Paatsalu_vallavalitsus, lk 28
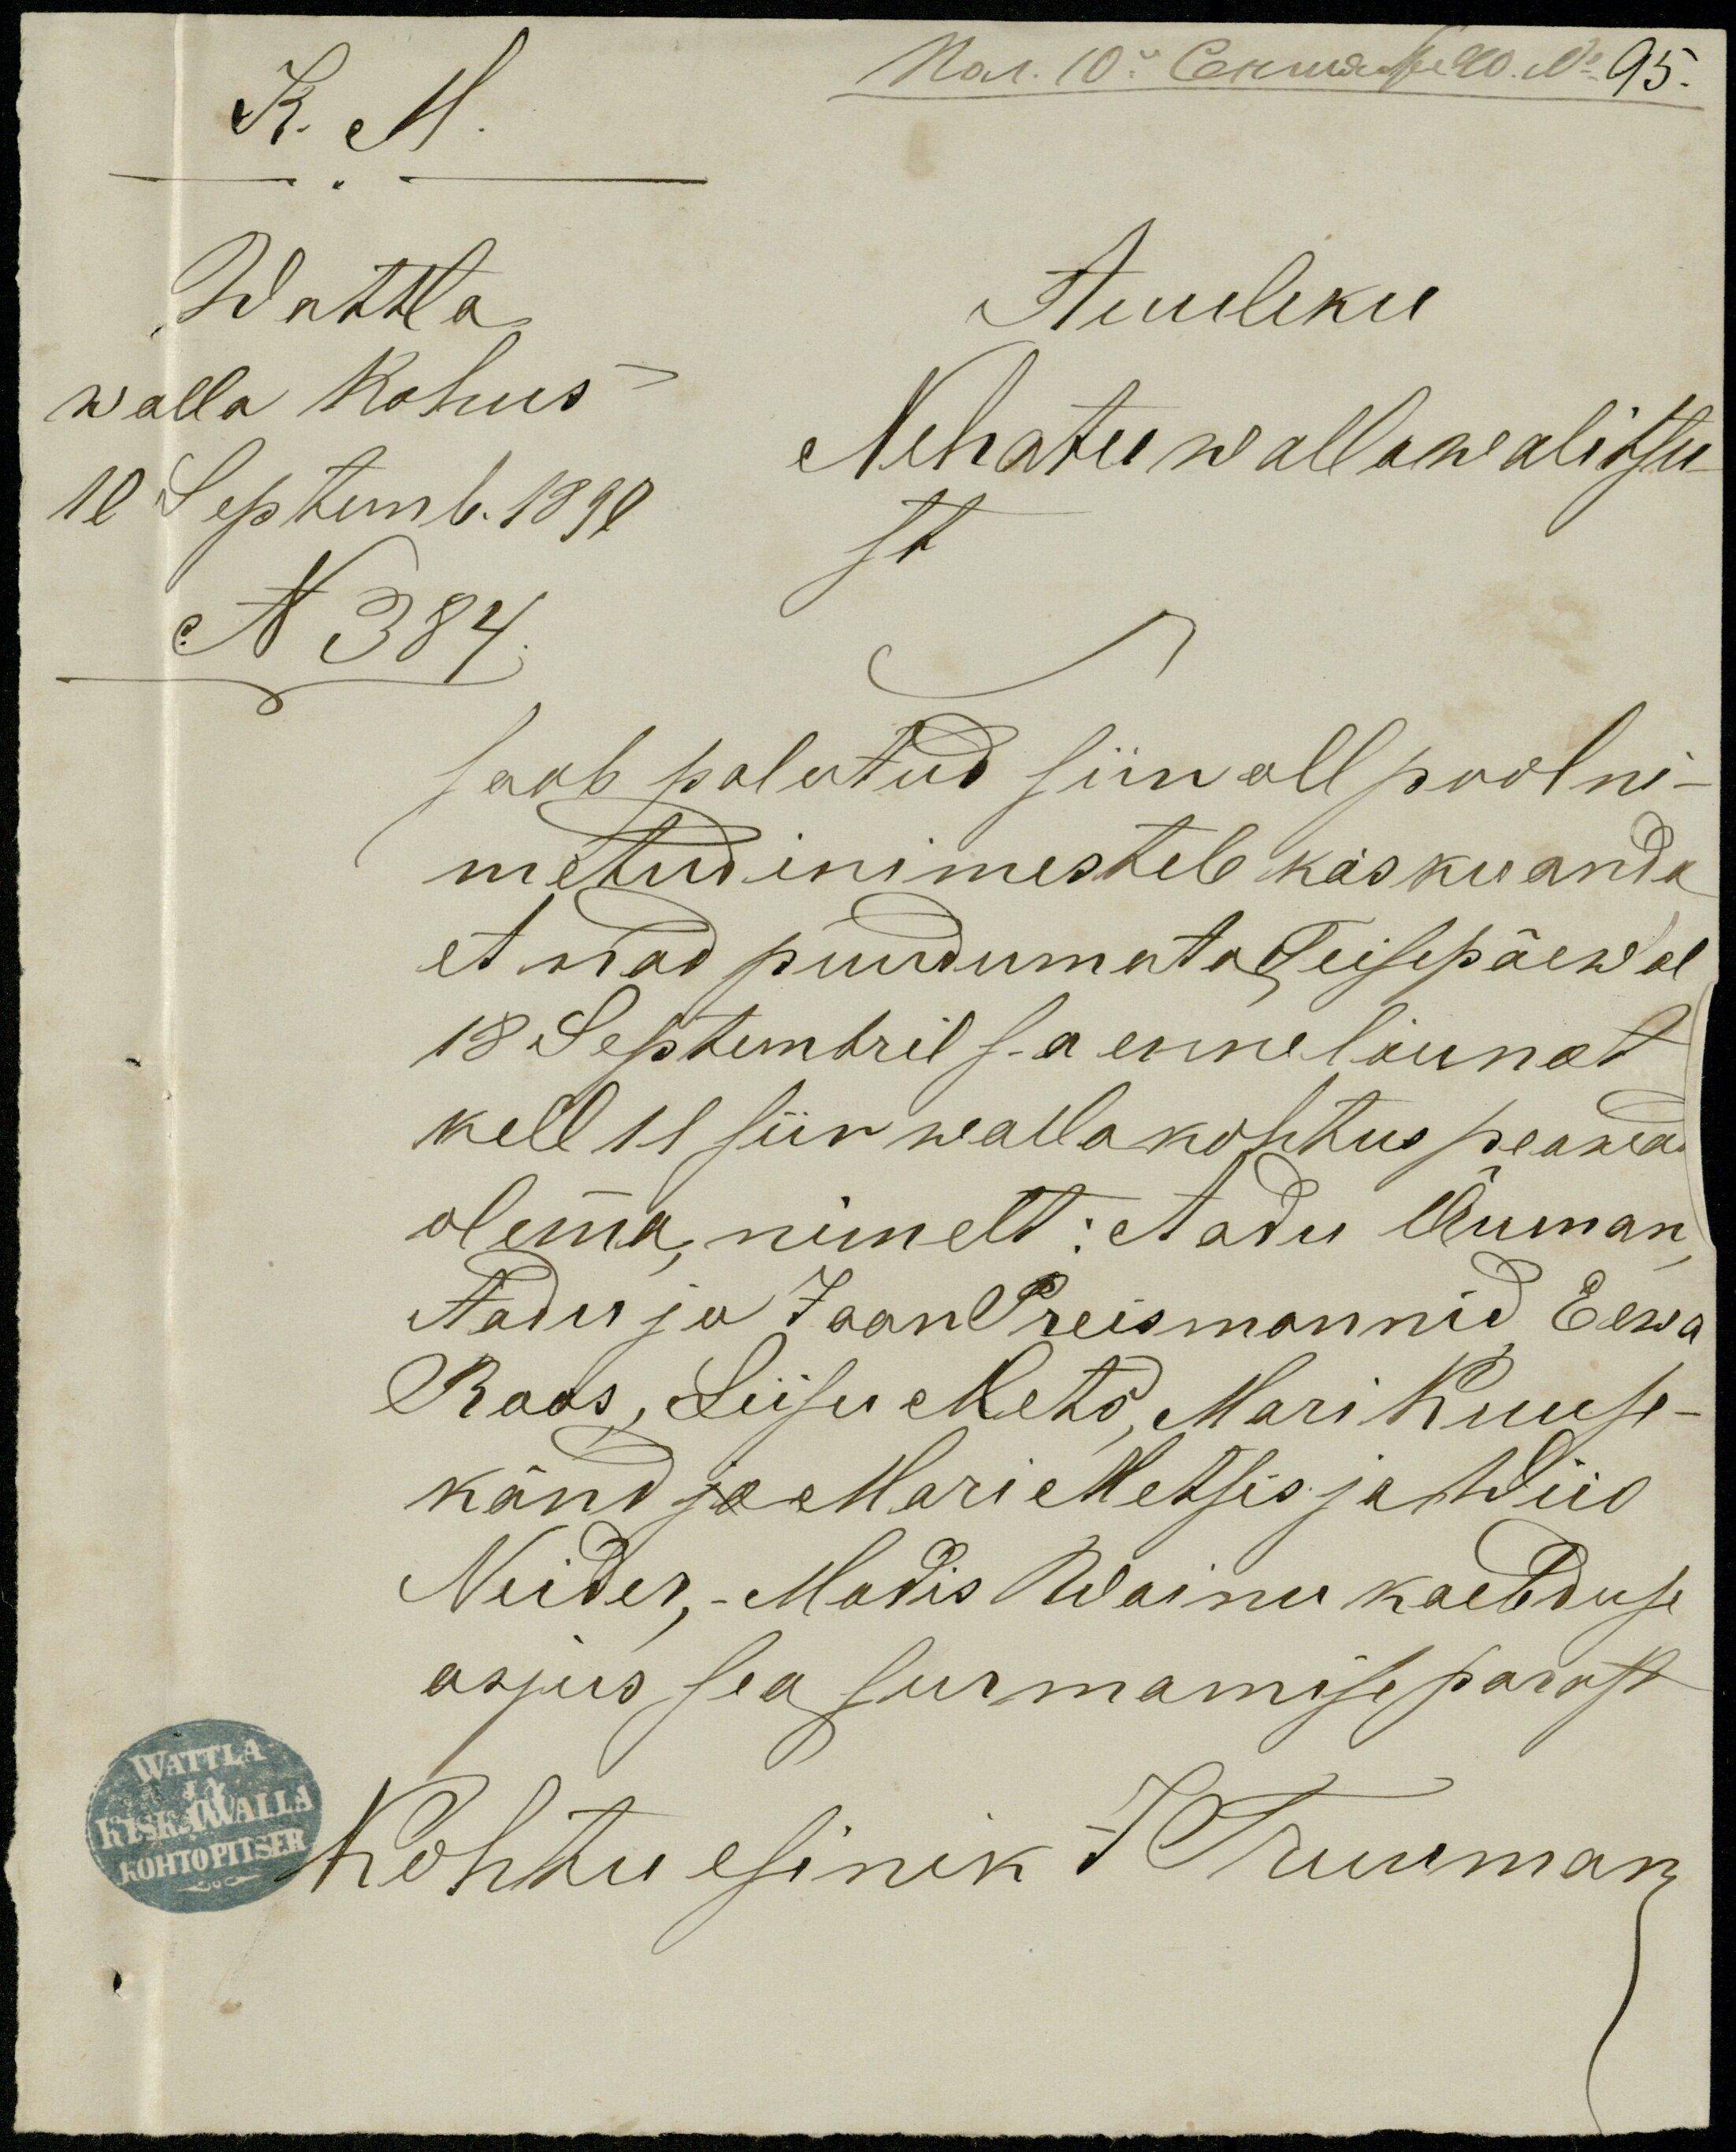
K. M.
Wattla
Auuliku
walla kohus
Nehatu wallawalitsu
st
10 Septemb. 1890
N 384
saab palutud siin all pool ni-
metud inimestele käsku anda
et nad puudumata Teisepäewal
18 Septembril s.a enne löunat
kell 11 siin walla kohtus peawad
olemma, nimelt: Aadu Auman
Aadu ja Jaan Preismannid Eewa
Roos, Liisu Mets, Mari Kuuse-
känd ja Mari Metsis ja Wiio
Neider, - Madis Wainu kaebduse
asjus sea surmamise parast
Kohtu esinik J Truumann